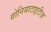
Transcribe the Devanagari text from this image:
गोनियाटाइटीज़